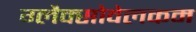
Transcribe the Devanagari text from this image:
ग्लैक्सोवेलकम